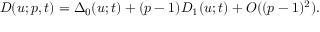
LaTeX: D ( u ; p , t ) = \Delta _ { 0 } ( u ; t ) + ( p - 1 ) D _ { 1 } ( u ; t ) + O ( ( p - 1 ) ^ { 2 } ) .